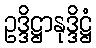
ဥဒ္ဒိဋ္ဌာနုဒ္ဒိဋ္ဌံ